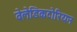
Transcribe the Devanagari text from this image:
वेलेडिकटोरियन